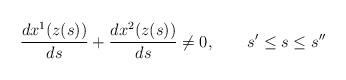
LaTeX: \begin{align*}\frac{dx^1(z(s))}{ds}+\frac{dx^2(z(s))}{ds}\neq 0,\quad \quad s^{\prime}\leq s \leq s^{\prime\prime}\end{align*}